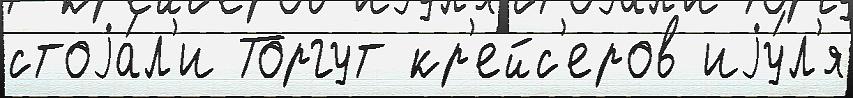
стоjа́л'и Торгут кр'ейс'еров иjу́л'я